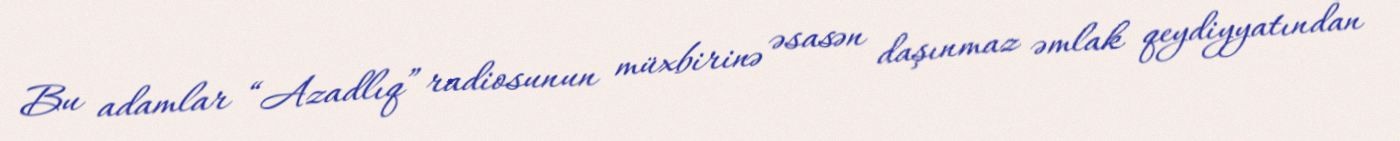
Bu adamlar “Azadlıq” radiosunun müxbirinə əsasən daşınmaz əmlak qeydiyyatından